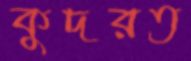
কুদরত